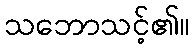
သဘောသင့်၏။